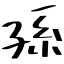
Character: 孫